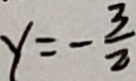
y = - \frac { 3 } { 2 }